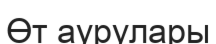
Өт аурулары